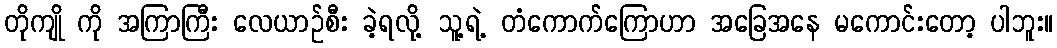
တိုကျို ကို အကြာကြီး လေယာဉ်စီး ခဲ့ရလို့ သူ့ရဲ့ တံကောက်ကြောဟာ အခြေအနေ မကောင်းတော့ ပါဘူး။